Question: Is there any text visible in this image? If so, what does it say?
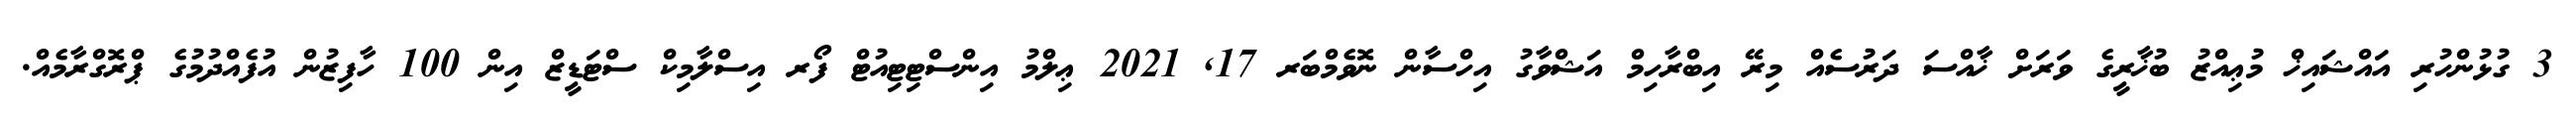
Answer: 3 ގުޅުންހުރި އައްޝައިޚް މުޢިއްޒު ބުޚާރީގެ ވަރަށް ޚާއްސަ ދަރުސެއް މިރޭ އިބްރާހިމް އަޝްވާގު އިހްސާން ނޮވެމްބަރ 17, 2021 ޢިލްމު އިންސްޓިޓިއުޓް ފޯރ އިސްލާމިކް ސްޓަޑީޒް އިން 100 ހާފިޒުން އުފެއްދުމުގެ ޕްރޮގްރާމެއް.